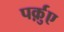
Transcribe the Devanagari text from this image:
पर्क़ुए